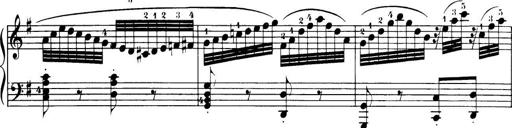
Title: 32 Sonatinas and Rondos for the Piano
Composer: Richard Kleinmichel